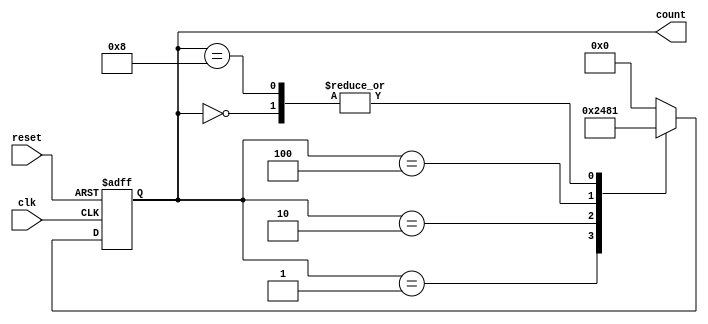
module decade_ring_counter (
    input wire clk,      // Clock signal
    input wire reset,    // Asynchronous reset signal
    output reg [3:0] count // 4-bit output for the current state
);

    // State encoding
    localparam STATE0 = 4'b0000; // 0
    localparam STATE1 = 4'b0001; // 1
    localparam STATE2 = 4'b0010; // 2
    localparam STATE3 = 4'b0100; // 4
    localparam STATE4 = 4'b1000; // 8

    // Initial state
    initial begin
        count = STATE0; // Start at state 0000
    end

    // State transition on clock edge
    always @(posedge clk or posedge reset) begin
        if (reset) begin
            count <= STATE0; // Reset to state 0000
        end else begin
            case (count)
                STATE0: count <= STATE1; // 0 -> 1
                STATE1: count <= STATE2; // 1 -> 2
                STATE2: count <= STATE3; // 2 -> 4
                STATE3: count <= STATE4; // 4 -> 8
                STATE4: count <= STATE1; // 8 -> 1 (wrap around)
                default: count <= STATE0; // Safety default
            endcase
        end
    end

endmodule